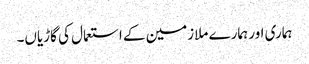
ہماری اور ہمارے ملازمین کے استعمال کی گاڑیاں۔